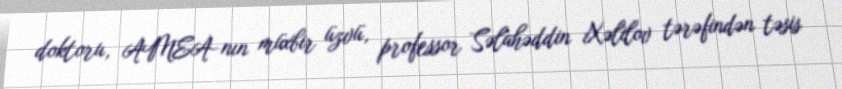
doktoru, AMEA-nın müxbir üzvü, professor Səlahəddin Xəlilov tərəfindən təsis